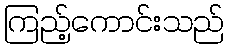
ကြည့်ကောင်းသည်